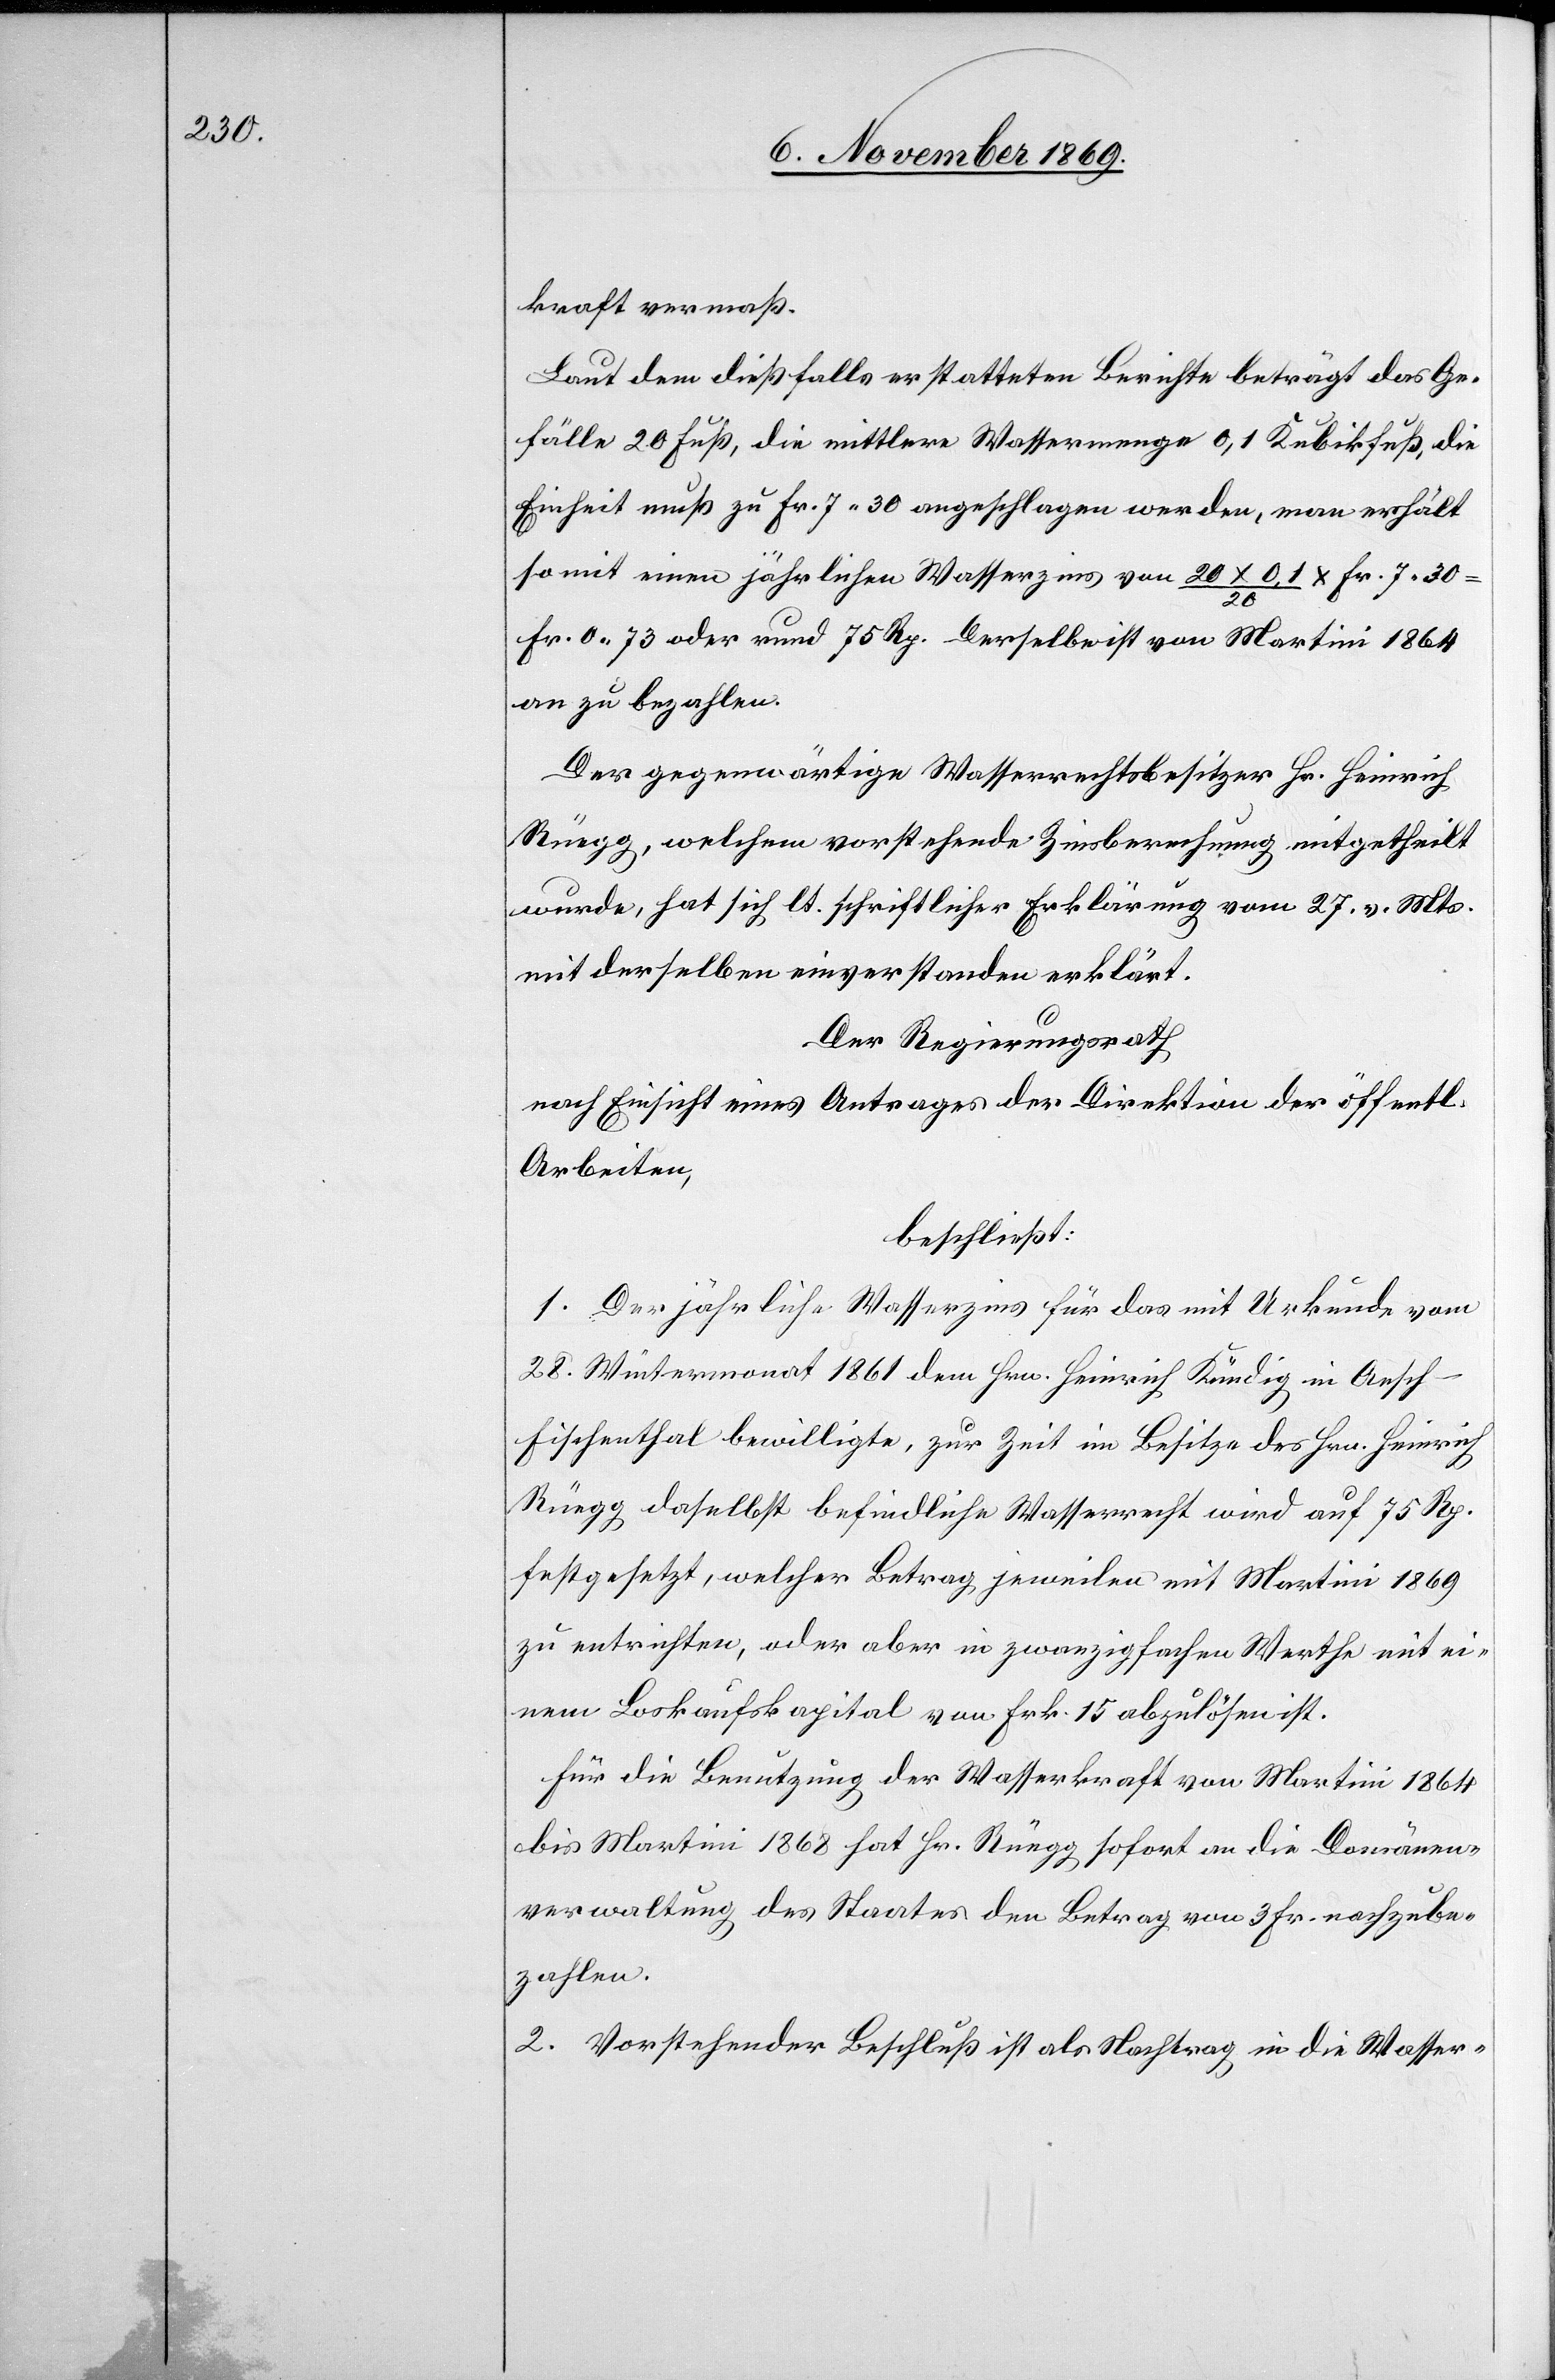
kraft vermaß.
Laut dem dießfalls erstatteten Berichte beträgt das Ge¬
fälle 20 Fuß, die mittlere Wassermenge 0,1 Kubikfuß, die
Einheit muß zu Fr. 7.30 angeschlagen werden, man erhält
somit einen jährlichen Wasserzins von 20 x 0,1 / 20 x Fr. 7.30
Fr. 0.73 oder rund 75 Rp. Derselbe ist von Martini 1864
an zu bezahlen.
Der gegenwärtige Wasserrechtsbesitzer Hr. Heinrich
Rüegg, welchem vorstehende Zinsberechnung mitgetheilt
wurde, hat sich lt. schriftlicher Erklärung vom 27. v. Mts.
mit derselben einverstanden erklärt.
Der Regierungsrath
nach Einsicht eines Antrages der Direktion der öffentl.
Arbeiten,
beschließt:
1. Der jährliche Wasserzins für das mit Urkunde vom
28. Wintermonat 1861 dem Hrn. Heinrich Kündig in Aesch
Fischenthal bewilligte, zur Zeit im Besitze des Hrn. Heinrich
Rüegg daselbst befindliche Wasserrecht wird auf 75 Rp.
festgesetzt, welcher Betrag jeweilen mit Martini 1869
zu entrichten, oder aber in zwanzigfachen Werthe mit ei¬
nem Loskaufskapital von Frk. 15 abzulösen ist.
Für die Benutzung der Wasserkraft von Martini 1864
bis Martini 1868 hat Hr. Rüegg sofort an die Domänen¬
verwaltung des Staates den Betrag von 3 Fr. nachzube¬
zahlen.
2. Vorstehender Beschluß ist als Nachtrag in die Wasser-